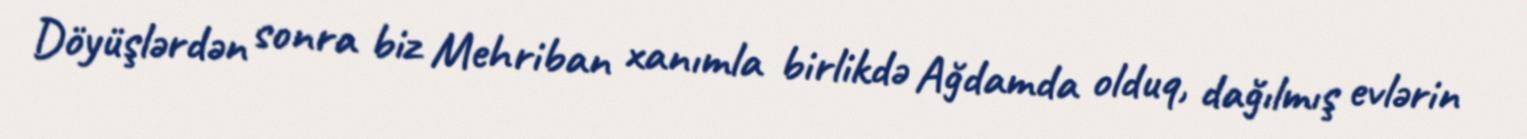
Döyüşlərdən sonra biz Mehriban xanımla birlikdə Ağdamda olduq, dağılmış evlərin